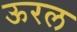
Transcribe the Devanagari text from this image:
ऊरल